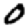
Digit: 0